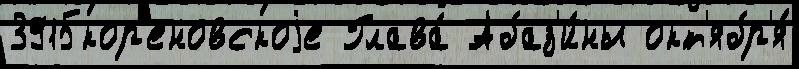
3915кор'еновскоjе Глава́ Абаз'и́ны окт'ябр'я́